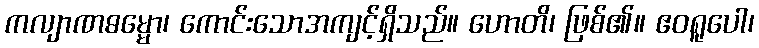
ကလျာဏဓမ္မော၊ ကောင်းသောအကျင့်ရှိသည်။ ဟောတိ၊ ဖြစ်၏။ ဧဝရူပေါ၊